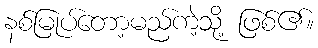
နစ်မြုပ်တော့မည်ကဲ့သို့ ဖြစ်၏။